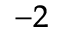
^ { - 2 }